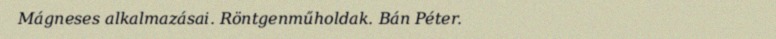
Mágneses alkalmazásai. Röntgenműholdak. Bán Péter.